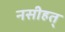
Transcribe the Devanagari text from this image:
नसीहत्